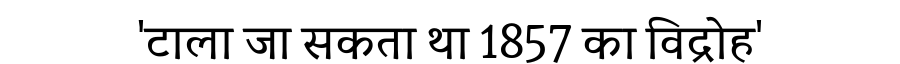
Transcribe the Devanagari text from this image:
'टाला जा सकता था 1857 का विद्रोह'